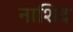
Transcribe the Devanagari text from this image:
नाशिद